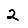
Digit: 2